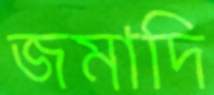
জমাদি